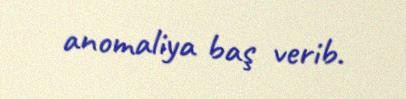
anomaliya baş verib.